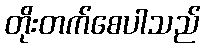
တိုးတက်စေပါသည်